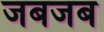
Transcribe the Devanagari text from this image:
जबजब